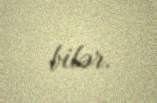
bilər.